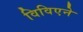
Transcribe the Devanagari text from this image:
विविएने